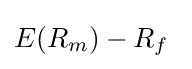
E(R_{m})-R_{f}~